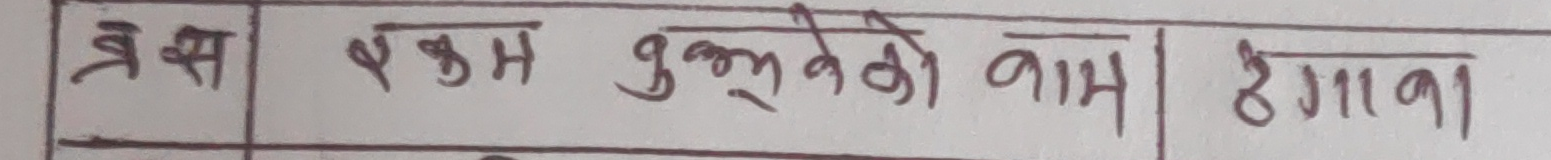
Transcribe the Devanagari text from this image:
त्र.स | फर्म बुझनेको नाम | ठेगाना |